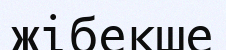
жібекше